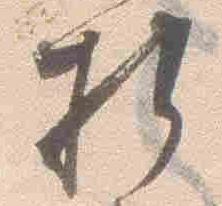
折